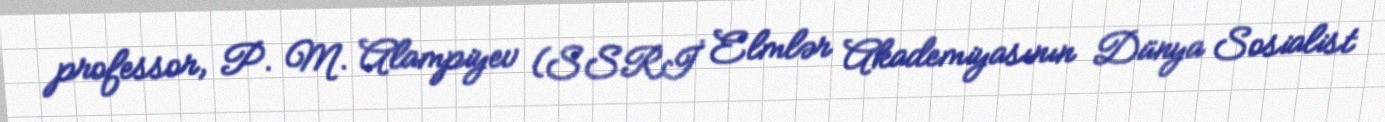
professor, P. M. Alampiyev (SSRİ Elmlər Akademiyasının Dünya Sosialist